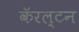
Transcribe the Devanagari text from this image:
कॅरल्टन